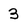
Character: 3